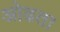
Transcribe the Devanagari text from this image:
ओढता